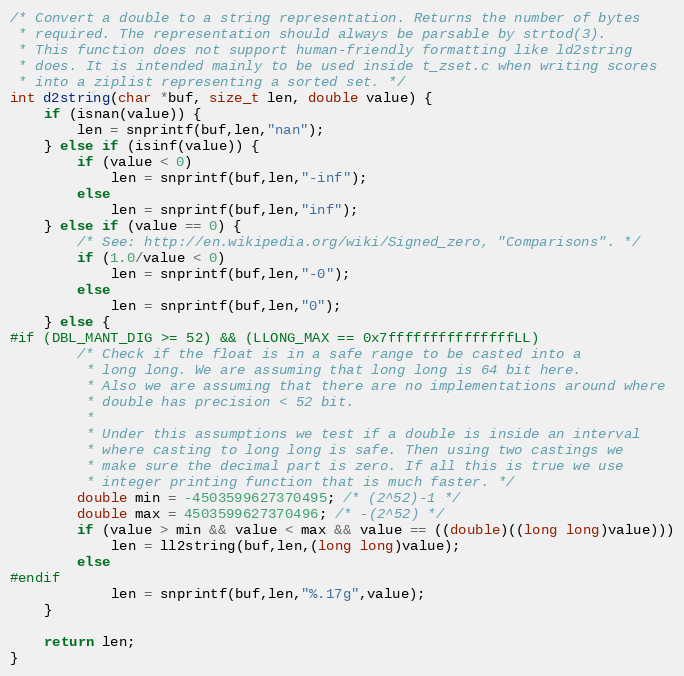
Language: C
/* Convert a double to a string representation. Returns the number of bytes
 * required. The representation should always be parsable by strtod(3).
 * This function does not support human-friendly formatting like ld2string
 * does. It is intended mainly to be used inside t_zset.c when writing scores
 * into a ziplist representing a sorted set. */
int d2string(char *buf, size_t len, double value) {
    if (isnan(value)) {
        len = snprintf(buf,len,"nan");
    } else if (isinf(value)) {
        if (value < 0)
            len = snprintf(buf,len,"-inf");
        else
            len = snprintf(buf,len,"inf");
    } else if (value == 0) {
        /* See: http://en.wikipedia.org/wiki/Signed_zero, "Comparisons". */
        if (1.0/value < 0)
            len = snprintf(buf,len,"-0");
        else
            len = snprintf(buf,len,"0");
    } else {
#if (DBL_MANT_DIG >= 52) && (LLONG_MAX == 0x7fffffffffffffffLL)
        /* Check if the float is in a safe range to be casted into a
         * long long. We are assuming that long long is 64 bit here.
         * Also we are assuming that there are no implementations around where
         * double has precision < 52 bit.
         *
         * Under this assumptions we test if a double is inside an interval
         * where casting to long long is safe. Then using two castings we
         * make sure the decimal part is zero. If all this is true we use
         * integer printing function that is much faster. */
        double min = -4503599627370495; /* (2^52)-1 */
        double max = 4503599627370496; /* -(2^52) */
        if (value > min && value < max && value == ((double)((long long)value)))
            len = ll2string(buf,len,(long long)value);
        else
#endif
            len = snprintf(buf,len,"%.17g",value);
    }

    return len;
}